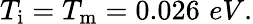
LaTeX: T_{\mathrm{i}}=T_{\mathrm{m}}=0.026\, \, eV.